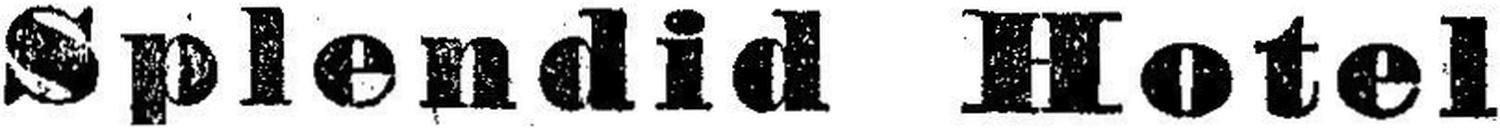
Splendid Hotel